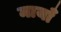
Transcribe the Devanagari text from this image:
मायाँ